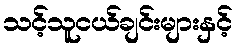
သင့်သူငယ်ချင်းများနှင့်